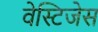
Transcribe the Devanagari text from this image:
वेस्टिजेस